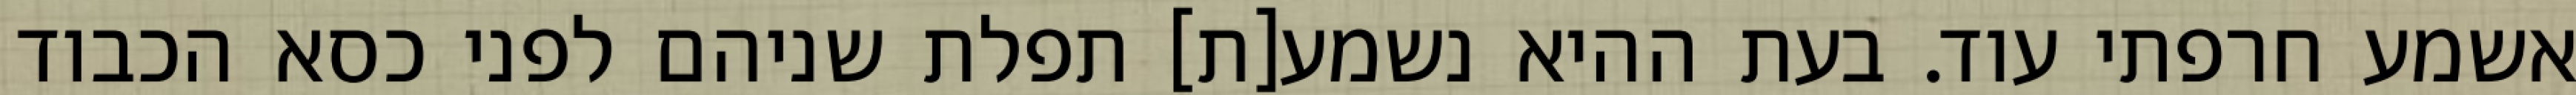
אשמע חרפתי עוד. בעת ההיא נשמע[ת] תפלת שניהם לפני כסא הכבוד